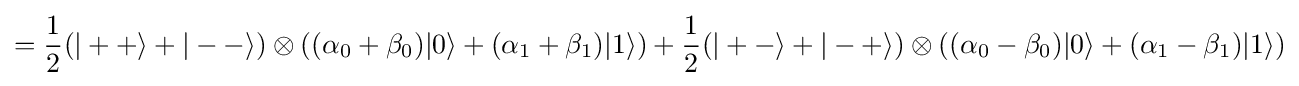
={\frac {1}{2}}(|++\rangle +|--\rangle )\otimes ((\alpha _{0}+\beta _{0})|0\rangle +(\alpha _{1}+\beta _{1})|1\rangle )+{\frac {1}{2}}(|+-\rangle +|-+\rangle )\otimes ((\alpha _{0}-\beta _{0})|0\rangle +(\alpha _{1}-\beta _{1})|1\rangle )